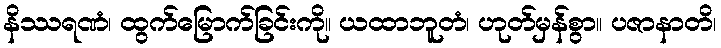
နိဿရဏံ၊ ထွက်မြောက်ခြင်းကို။ ယထာဘူတံ၊ ဟုတ်မှန်စွာ။ ပဇာနာတိ၊